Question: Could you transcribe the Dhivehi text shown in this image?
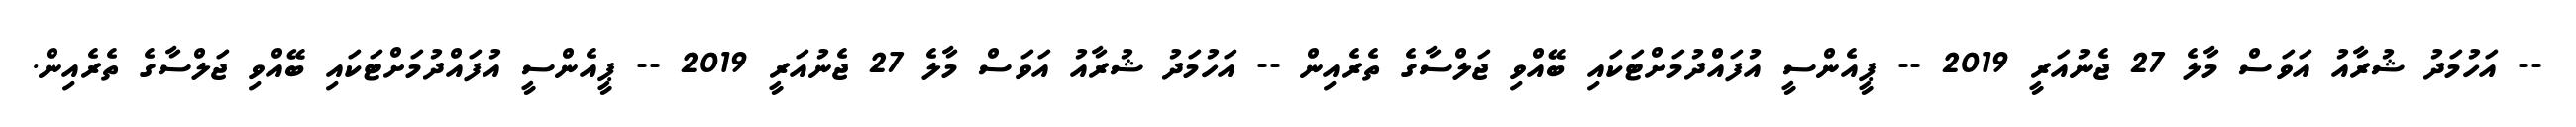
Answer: -- އަހުމަދު ޝުރާއު އަވަސް މާލެ 27 ޖެނުއަރީ 2019 -- ޕީއެންސީ އުފައްދުމަށްޓަކައި ބޭއްވި ޖަލްސާގެ ތެރެއިން -- އަހުމަދު ޝުރާއު އަވަސް މާލެ 27 ޖެނުއަރީ 2019 -- ޕީއެންސީ އުފައްދުމަށްޓަކައި ބޭއްވި ޖަލްސާގެ ތެރެއިން.